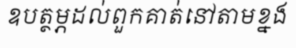
ឧបត្ថម្ភដល់ពួកគាត់នៅតាមខ្នង